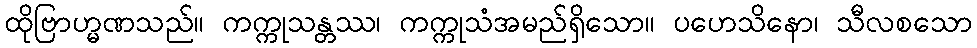
ထိုဗြာဟ္မဏသည်။ ကက္ကုသန္တဿ၊ ကက္ကုသံအမည်ရှိသော။ ပဟေသိနော၊ သီလစသော